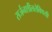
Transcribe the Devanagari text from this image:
सर्जनशीलतेविषयी